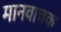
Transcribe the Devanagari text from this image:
मानवाचक